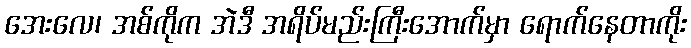
အေးလေ၊ အစ်ကိုက အဲဒီ အရိပ်မည်းကြီးအောက်မှာ ရောက်နေတာကိုး